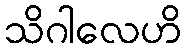
သိဂါလေဟိ